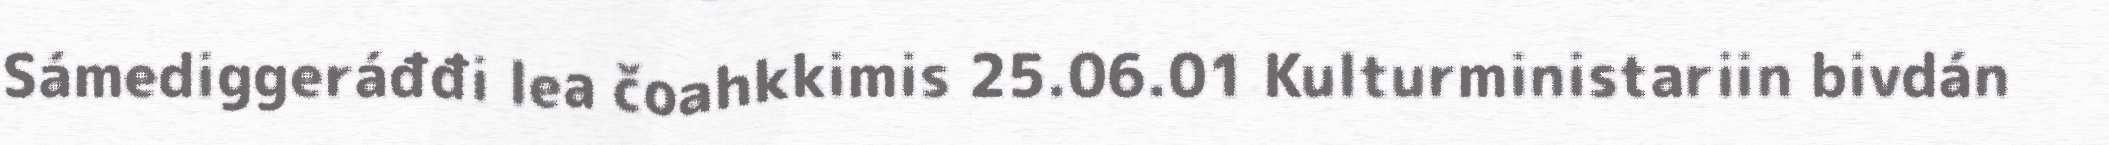
Sámediggeráđđi lea čoahkkimis 25.06.01 Kulturministariin bivdán